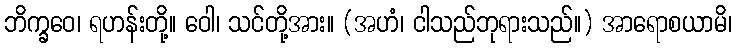
ဘိက္ခဝေ၊ ရဟန်းတို့။ ဝေါ၊ သင်တို့အား။ (အဟံ၊ ငါသည်ဘုရားသည်။) အာရောစယာမိ၊